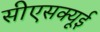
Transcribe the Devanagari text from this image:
सीएसक्यूई